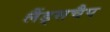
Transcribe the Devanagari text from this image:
लैंड्सचैप